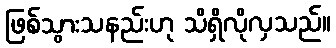
ဖြစ်သွားသနည်းဟု သိရှိလိုလှသည်။